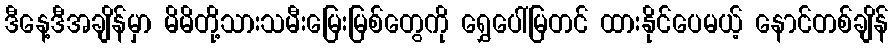
ဒီနေ့ဒီအချိန်မှာ မိမိတို့သားသမီးမြေးမြစ်တွေကို ရွှေပေါ်မြတင် ထားနိုင်ပေမယ့် နောင်တစ်ချိန်